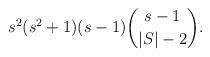
LaTeX: \begin{align*} s^2(s^2+1)(s-1)\binom{s-1}{|S|-2}. \end{align*}